Vaccination in the Punjab 1883-1896 - 1883-1896
Year: 1883
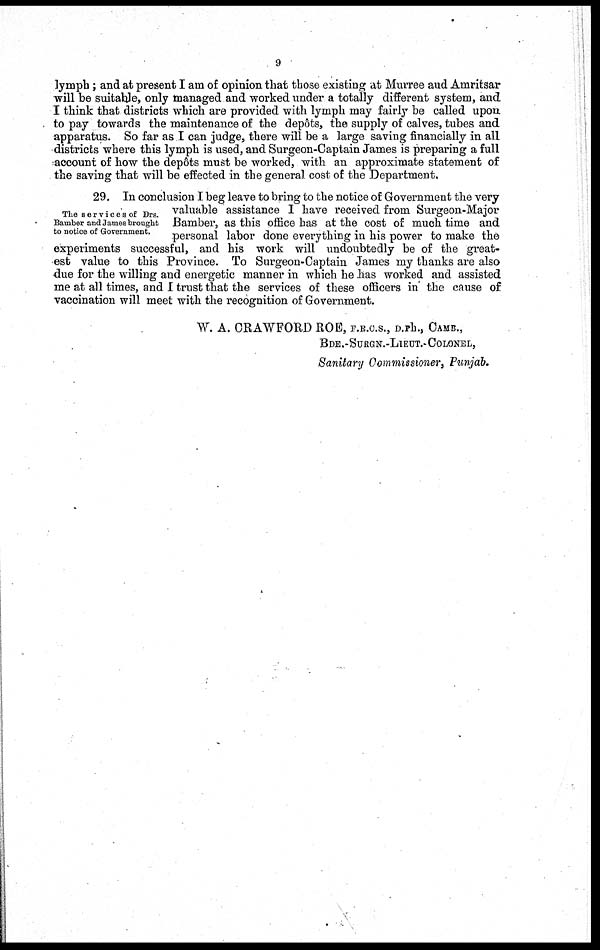
9
lymph ; and at present I am of opinion that those existing at Murree and Amritsar
-will be suitable, only managed and worked under a totally different system, and
I think that districts which are provided with lymph may fairly be called upon
to pay towards the maintenance of the depôts, the supply of calves, tubes and
apparatus. So far as I can judge, there will be a large saving financially in all
districts where this lymph is used, and Surgeon-Captain James is preparing a full
account of how the depôts must be worked, with an approximate statement of
the saving that will be effected in the general cost of the Department.
The services of Drs.
Bamber and James brought
to notice of Government.
29. In conclusion I beg leave to bring to the notice of Government the very
valuable assistance I have received from Surgeon-Major
Bamber, as this office has at the cost of much time and
personal labor done everything in his power to make the
experiments successful, and his work will undoubtedly be of the great-
est value to this Province. To Surgeon-Captain James my thanks are also
due for the willing and energetic manner in which he has worked and assisted
me at all times, and I trust that the services of these officers in the cause of
vaccination will meet with the recognition of Government.
W. A. CRAWFORD ROE, F.R.C.S., D.Ph., CAMB.,
BDE.-SURGN.-LIEUT.- COLONEL,
Sanitary Commissioner, Punjab.